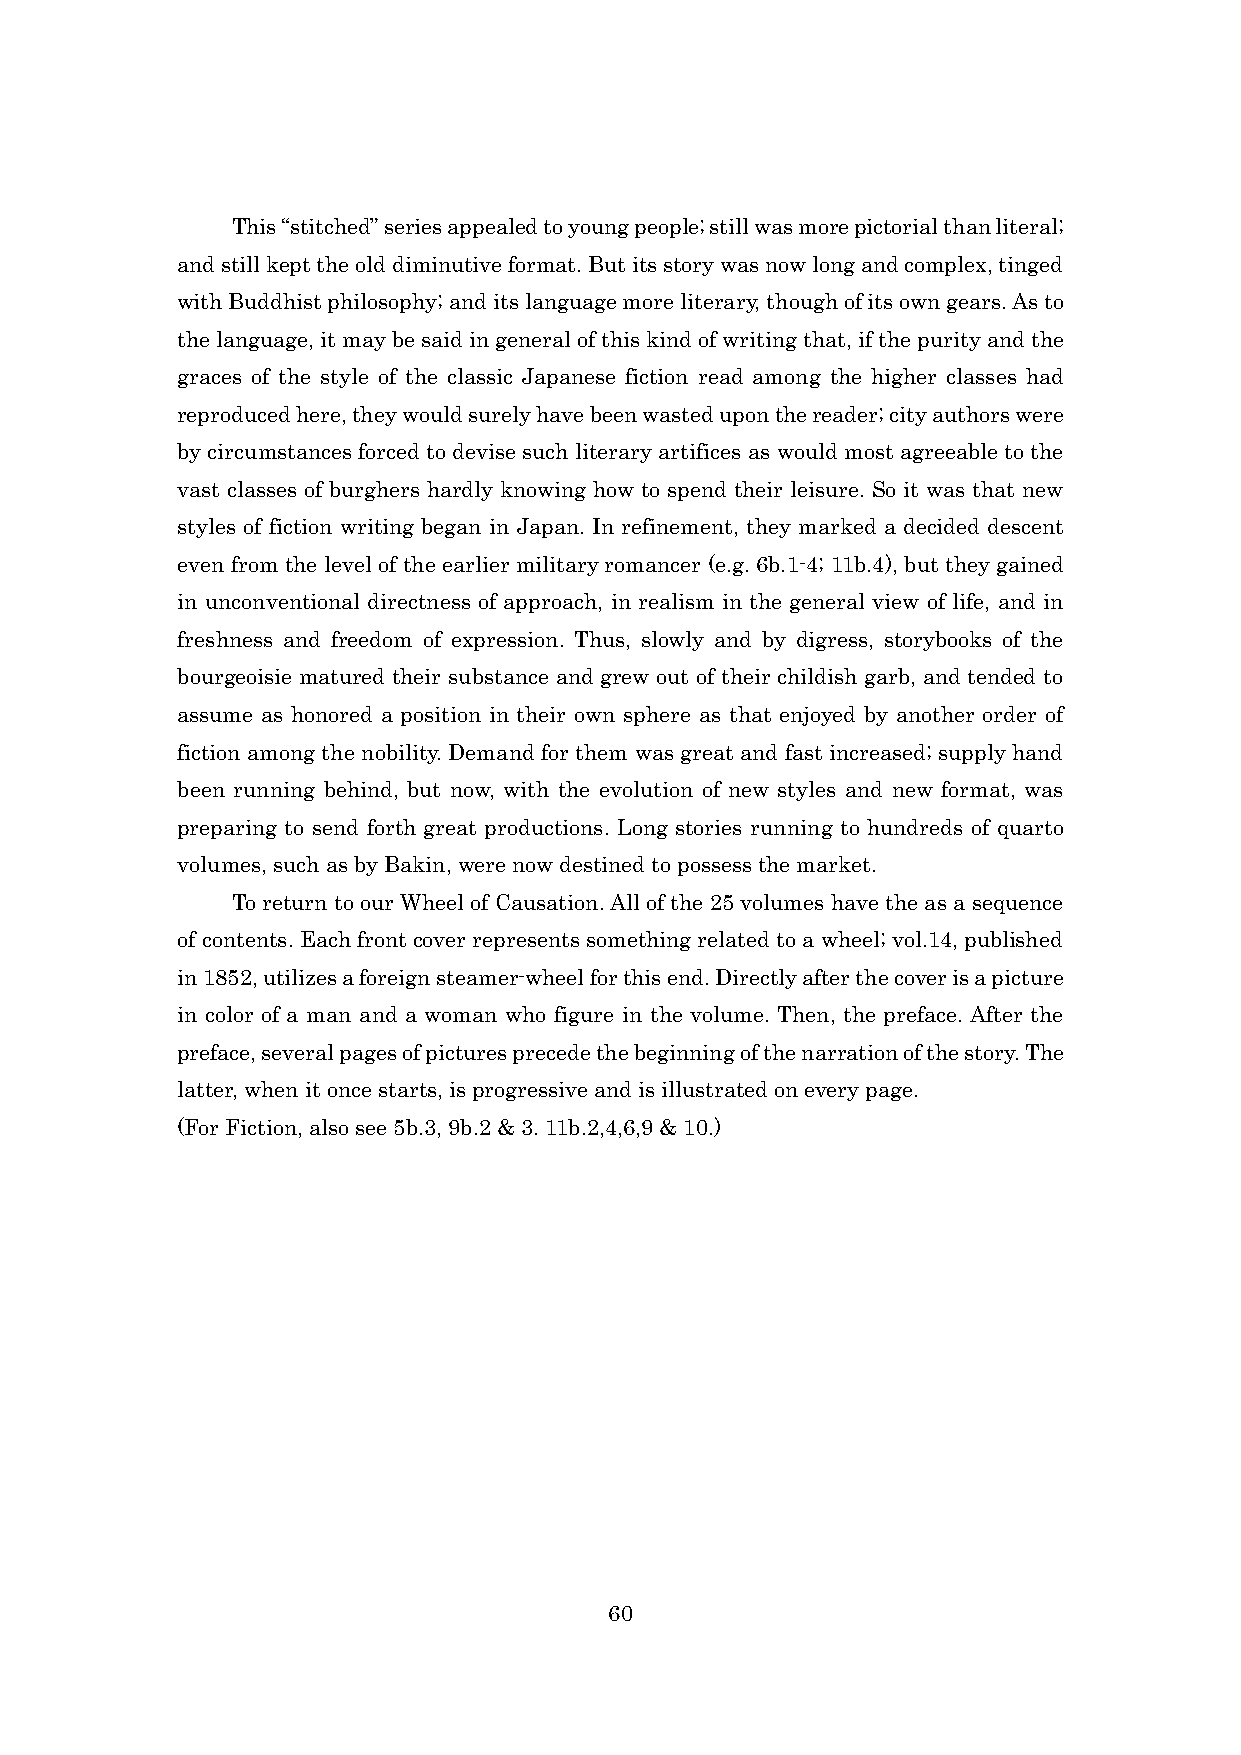
This “stitched” series appealed to young people; still was more pictorial than literal;
 and still kept the old diminutive format. But its story was now long and complex, tinged
 with Buddhist philosophy; and its language more literary, though of its own gears. As to
 the language, it may be said in general of this kind of writing that, if the purity and the
 graces of the style of the classic Japanese fiction read among the higher classes had
 reproduced here, they would surely have been wasted upon the reader; city authors were
 by circumstances forced to devise such literary artifices as would most agreeable to the
 vast classes of burghers hardly knowing how to spend their leisure. So it was that new
 styles of fiction writing began in Japan. In refinement, they marked a decided descent
 even from the level of the earlier military romancer (e.g. 6b.1-4; 11b.4), but they gained
 in unconventional directness of approach, in realism in the general view of life, and in
 freshness and freedom of expression. Thus, slowly and by digress, storybooks of the
 bourgeoisie matured their substance and grew out of their childish garb, and tended to
 assume as honored a position in their own sphere as that enjoyed by another order of
 fiction among the nobility. Demand for them was great and fast increased; supply hand
 been running behind, but now, with the evolution of new styles and new format, was
 preparing to send forth great productions. Long stories running to hundreds of quarto
 volumes, such as by Bakin, were now destined to possess the market.
 To return to our Wheel of Causation. All of the 25 volumes have the as a sequence
 of contents. Each front cover represents something related to a wheel; vol.14, published
 in 1852, utilizes a foreign steamer-wheel for this end. Directly after the cover is a picture
 in color of a man and a woman who figure in the volume. Then, the preface. After the
 preface, several pages of pictures precede the beginning of the narration of the story. The
 latter, when it once starts, is progressive and is illustrated on every page.
 (For Fiction, also see 5b.3, 9b.2 & 3. 11b.2,4,6,9 & 10.)
 60